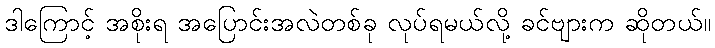
ဒါကြောင့် အစိုးရ အပြောင်းအလဲတစ်ခု လုပ်ရမယ်လို့ ခင်ဗျားက ဆိုတယ်။